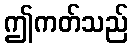
ဤကတ်သည်